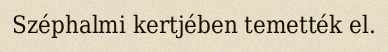
Széphalmi kertjében temették el.